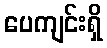
ပေကျင်းရှိ